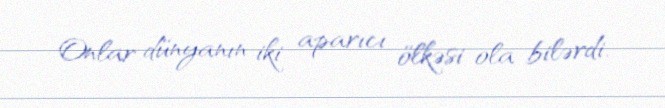
Onlar dünyanın iki aparıcı ölkəsi ola bilərdi.